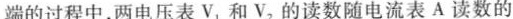
一端的过程中，两电压表V_{1}，和V_{2}的读数随电流表A读数的